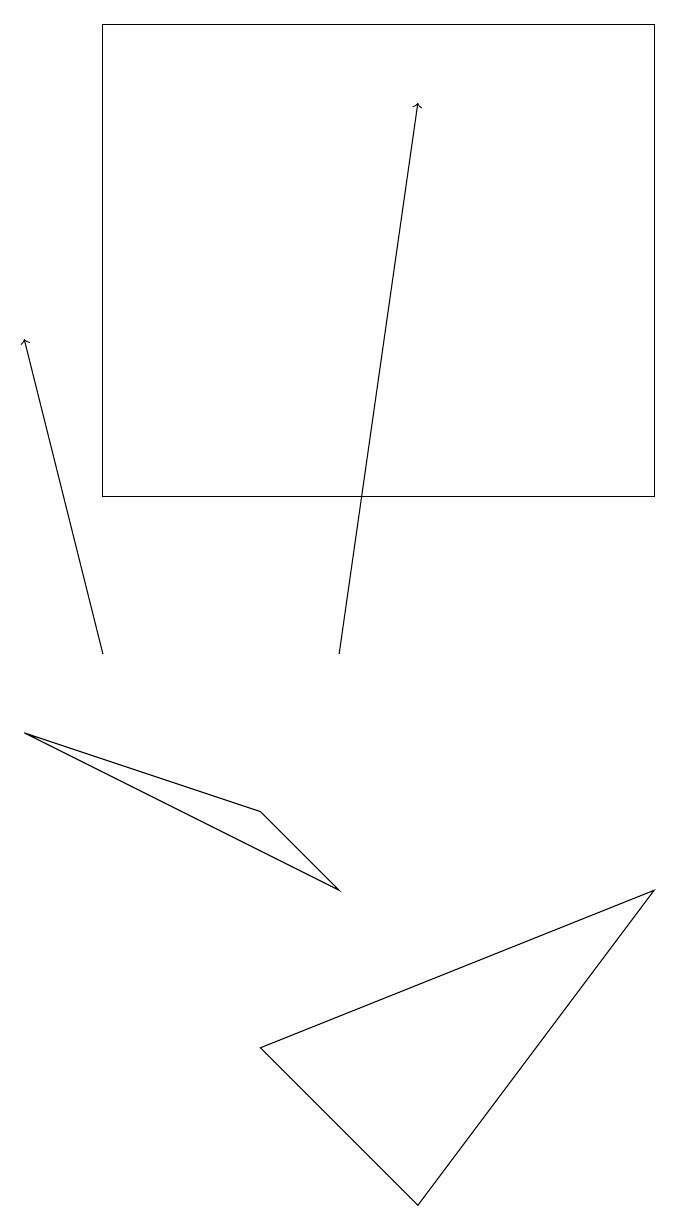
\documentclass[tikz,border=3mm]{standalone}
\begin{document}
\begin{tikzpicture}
\draw (5,3) -- (8,7) -- (3,5) -- cycle;
\draw (8,12) rectangle (1,18);
\draw[->] (4,10) -- (5,17);
\draw (0,9) -- (3,8) -- (4,7) -- cycle;
\draw[->] (1,10) -- (0,14);
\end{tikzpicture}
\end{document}